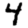
Digit: 4